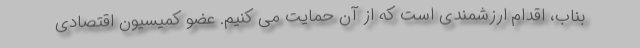
بناب، اقدام ارزشمندی است که از آن حمایت می کنیم. عضو کمیسیون اقتصادی